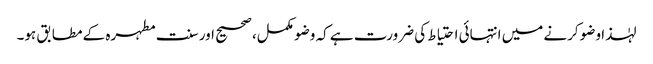
لہٰذا وضو کرنے میں انتہائی احتیاط کی ضرورت ہے کہ وضو مکمل، صحیح اور سنت مطہرہ کے مطابق ہو۔